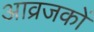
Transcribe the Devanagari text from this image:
आव्रजकों